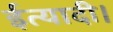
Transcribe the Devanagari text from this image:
ईत्यादी।